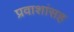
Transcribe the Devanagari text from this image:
प्रवाशांसह